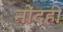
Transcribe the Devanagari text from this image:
नोंदही